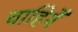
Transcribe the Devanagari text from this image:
चाहियेँ